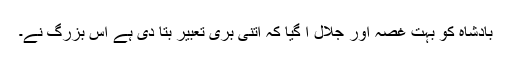
بادشاہ کو بہت غصہ اور جلال آ گیا کہ اتنی بری تعبیر بتا دی ہے اس بزرگ نے۔